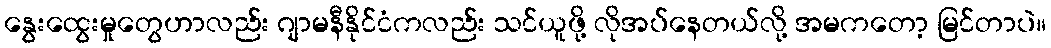
နွေးထွေးမှုတွေဟာလည်း ဂျာမနီနိုင်ငံကလည်း သင်ယူဖို့ လိုအပ်နေတယ်လို့ အမကတော့ မြင်တာပဲ။